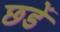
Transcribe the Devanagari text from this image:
छडें